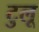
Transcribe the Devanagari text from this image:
टुलू